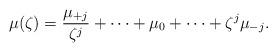
LaTeX: \begin{align*}\mu(\zeta) = \frac{\mu_{+j}}{\zeta^j} + \cdots + \mu_0 + \cdots + \zeta^j \mu_{-j} \mathrlap{.}\end{align*}